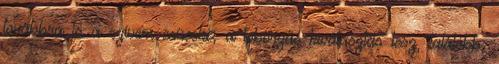
továbbra is a szívem csücske, a toborzás-kiválasztás lesz, találóbb,